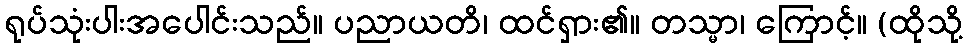
ရုပ်သုံးပါးအပေါင်းသည်။ ပညာယတိ၊ ထင်ရှား၏။ တသ္မာ၊ ကြောင့်။ (ထိုသို့